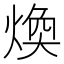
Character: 煥